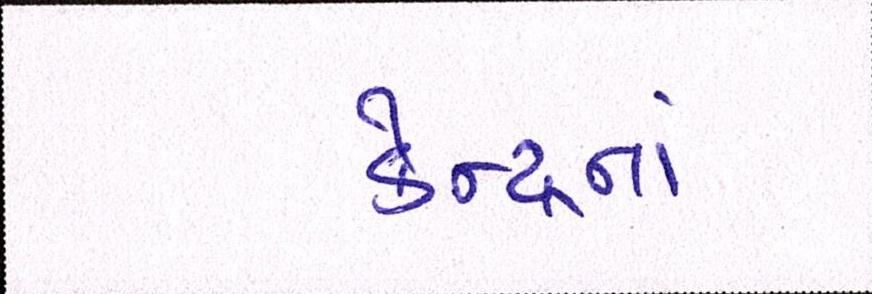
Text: કેન્દ્રનાં